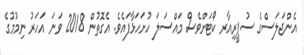
އެންޖަލަސްގެ ސުޕީރިއާރ ކޯޓަށްވެސް މައްސަލަ ހުށަހަޅާފައެވެ. އެގޮތުން 2018 ވަނަ އަހަރު ނިމުމުގެ